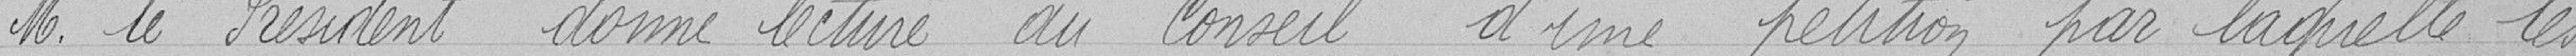
M. le Président donne lecture au Conseil d'une pétition par laquelle les